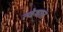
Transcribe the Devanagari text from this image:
त्वेषात